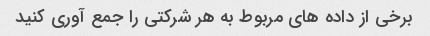
برخی از داده های مربوط به هر شرکتی را جمع آوری کنید